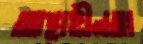
আস্থাহীনতা